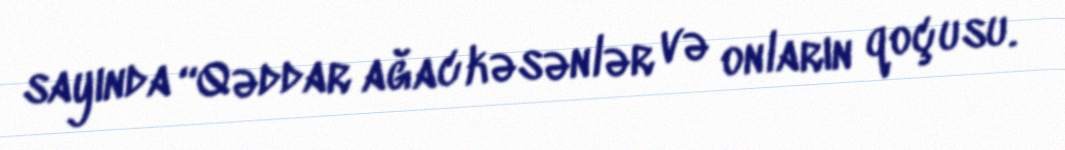
sayında “Qəddar ağac kəsənlər və onların qoçusu.